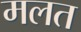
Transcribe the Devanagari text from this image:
मलत